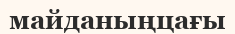
майданыңцағы